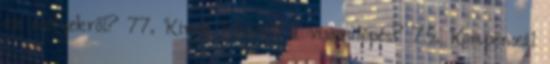
az esélyekről? 77. Kinek használ a visszalépés? 75. Kompenzál